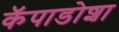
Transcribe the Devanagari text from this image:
कॅपाडोशा